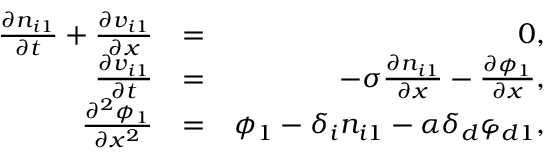
\begin{array} { r l r } { \frac { \partial n _ { i 1 } } { \partial t } + \frac { \partial v _ { i 1 } } { \partial x } } & { = } & { 0 , } \\ { \frac { \partial v _ { i 1 } } { \partial t } } & { = } & { - \sigma \frac { \partial n _ { i 1 } } { \partial x } - \frac { \partial \phi _ { 1 } } { \partial x } , } \\ { \frac { \partial ^ { 2 } \phi _ { 1 } } { \partial x ^ { 2 } } } & { = } & { \phi _ { 1 } - \delta _ { i } n _ { i 1 } - \alpha \delta _ { d } \varphi _ { d 1 } , } \end{array}